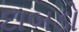
દાબડો